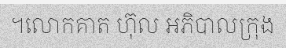
។លោកគាត ហ៊ុល អភិបាលក្រុង